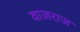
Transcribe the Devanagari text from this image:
वाजराज